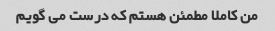
من کاملا مطمئن هستم که درست می گویم